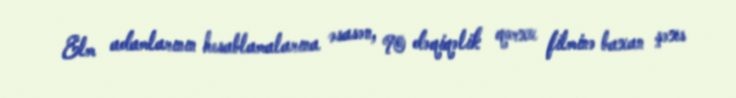
Elm adamlarının hesablamalarına əsasən, 90 dəqiqəlik qorxu filminə baxan şəxs